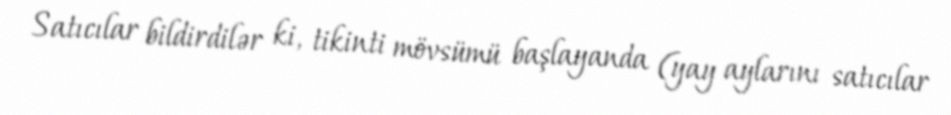
Satıcılar bildirdilər ki, tikinti mövsümü başlayanda (yay aylarını satıcılar